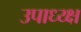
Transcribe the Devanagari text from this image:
उपाध्य्क्ष